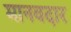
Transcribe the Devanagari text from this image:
मानवदार